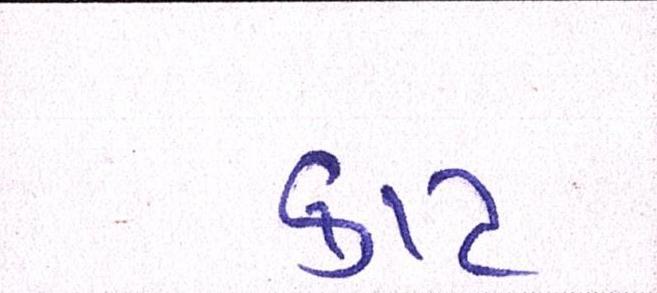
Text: કાટ